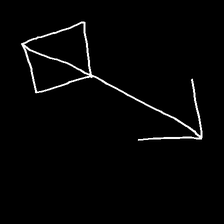
Glyph: focus